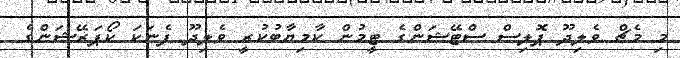
މި މެޗް ވެލިދޫ ޕޮލިސް ސްޓޭޝަންގެ ޓީމުން ކާމިޔާބުކުރީ ވެލިދޫ ފެނަކަ ކޯޕަރޭޝަންގެ